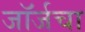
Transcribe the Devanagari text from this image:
जॉर्जचा